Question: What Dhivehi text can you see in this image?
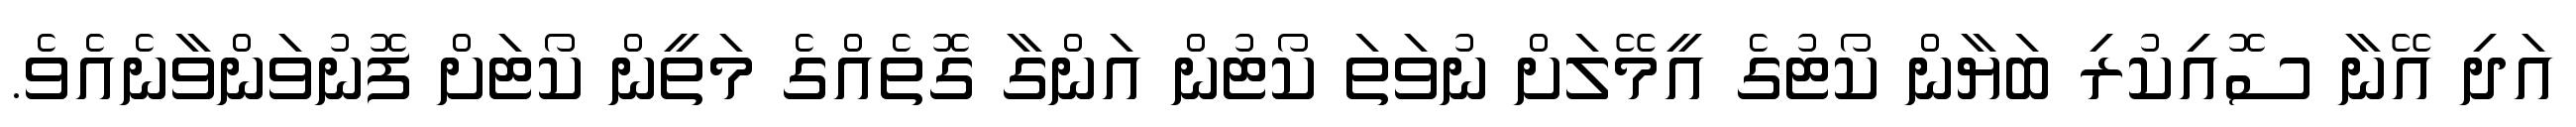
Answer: އަދި އޭނާ ސޮއިކުރި ބަޔާން ކޯޓުގެ އީމޭލަށް ނުވަތަ ކޯޓުން އަންގާ ގޮތެއްގެ މަތީން ކޯޓަށް ފޮނުވަންވާނެއެވެ.